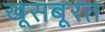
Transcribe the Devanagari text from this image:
खूसबूरत